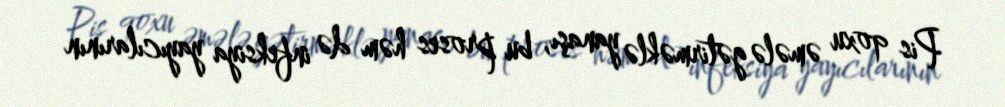
Pis qoxu əmələ gətirməklə yanaşı, bu proses həm də infeksiya yayıcılarının